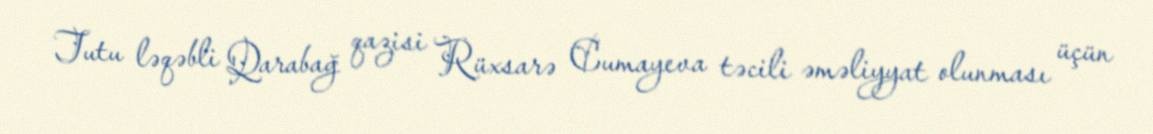
Tutu ləqəbli Qarabağ qazisi Rüxsarə Cumayeva təcili əməliyyat olunması üçün